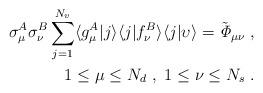
LaTeX: \begin{align*}\sigma_\mu^A \sigma_\nu^B \sum_{j=1}^{N_v} \langle g_\mu^A \vert j \rangle \langle j \vert f_\nu^B \rangle \langle j \vert \upsilon \rangle = \tilde{\it \Phi}_{\mu\nu} \ , \\ 1\leq \mu \leq N_d \ , \ 1 \leq \nu \leq N_s \ . \end{align*}